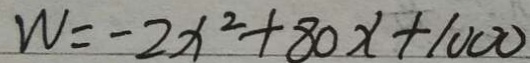
W = - 2 x ^ { 2 } + 8 0 x + 1 0 0 0